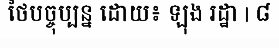
ថៃបច្ចុប្បន្ន ដោយ៖ ឡុង រដ្ឋា | ៨